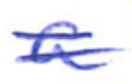
Text: a
Cross-out: double-line
Writing tool: ballpoint